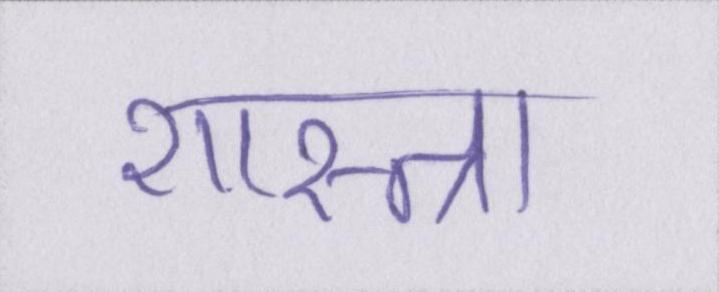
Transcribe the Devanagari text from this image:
शास्त्रा